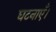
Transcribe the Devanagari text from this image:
घटनाएँ।